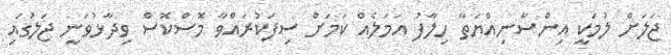
ޖަލަށް ލުމަކީ އިންސާނިއްޔަތާ ހިލާފު އަމަލެއް ކަމަށް ސިފަކުރައްވާ މޮސްކޮސް ވިދާޅުވަނީ ޖަލުގައި